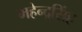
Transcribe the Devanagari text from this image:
महेन्द्रसिंह